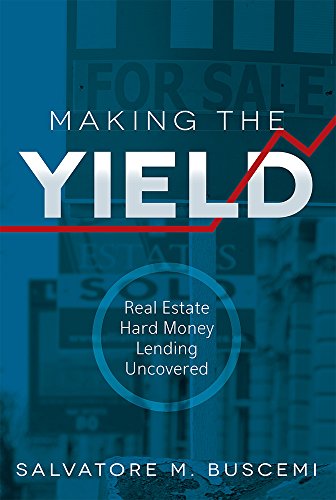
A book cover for Making The Yield: Real Estate Hard Money Lending Uncovered; Salvatore M. Buscemi; Business & Money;